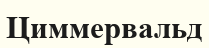
Циммервальд